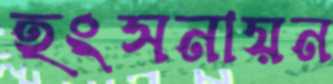
হংসনায়ন